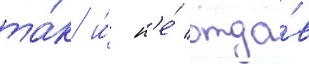
та́к и́ н'е́ отда́в